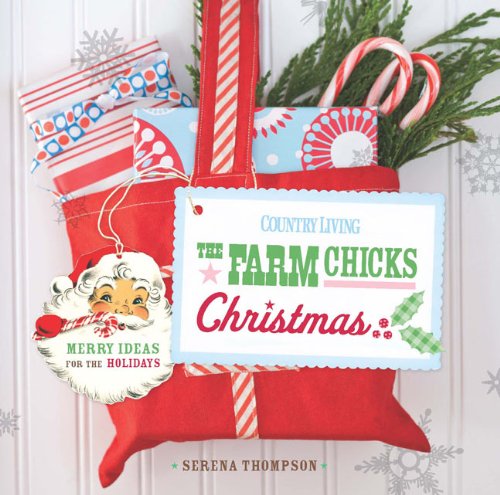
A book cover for Country Living The Farm Chicks Christmas: Merry Ideas for the Holidays; Serena Thompson; Cookbooks, Food & Wine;